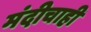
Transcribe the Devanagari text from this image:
मंदीचाही